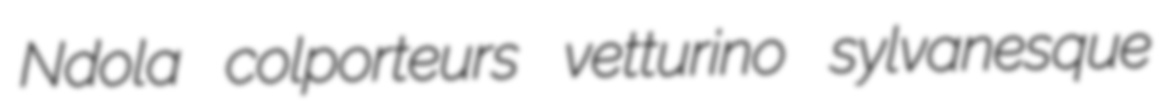
Ndola colporteurs vetturino sylvanesque